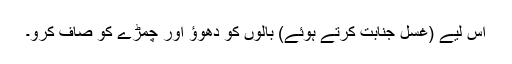
اس لیے (غسل جنابت کرتے ہوئے) بالوں کو دھوؤ اور چمڑے کو صاف کرو۔